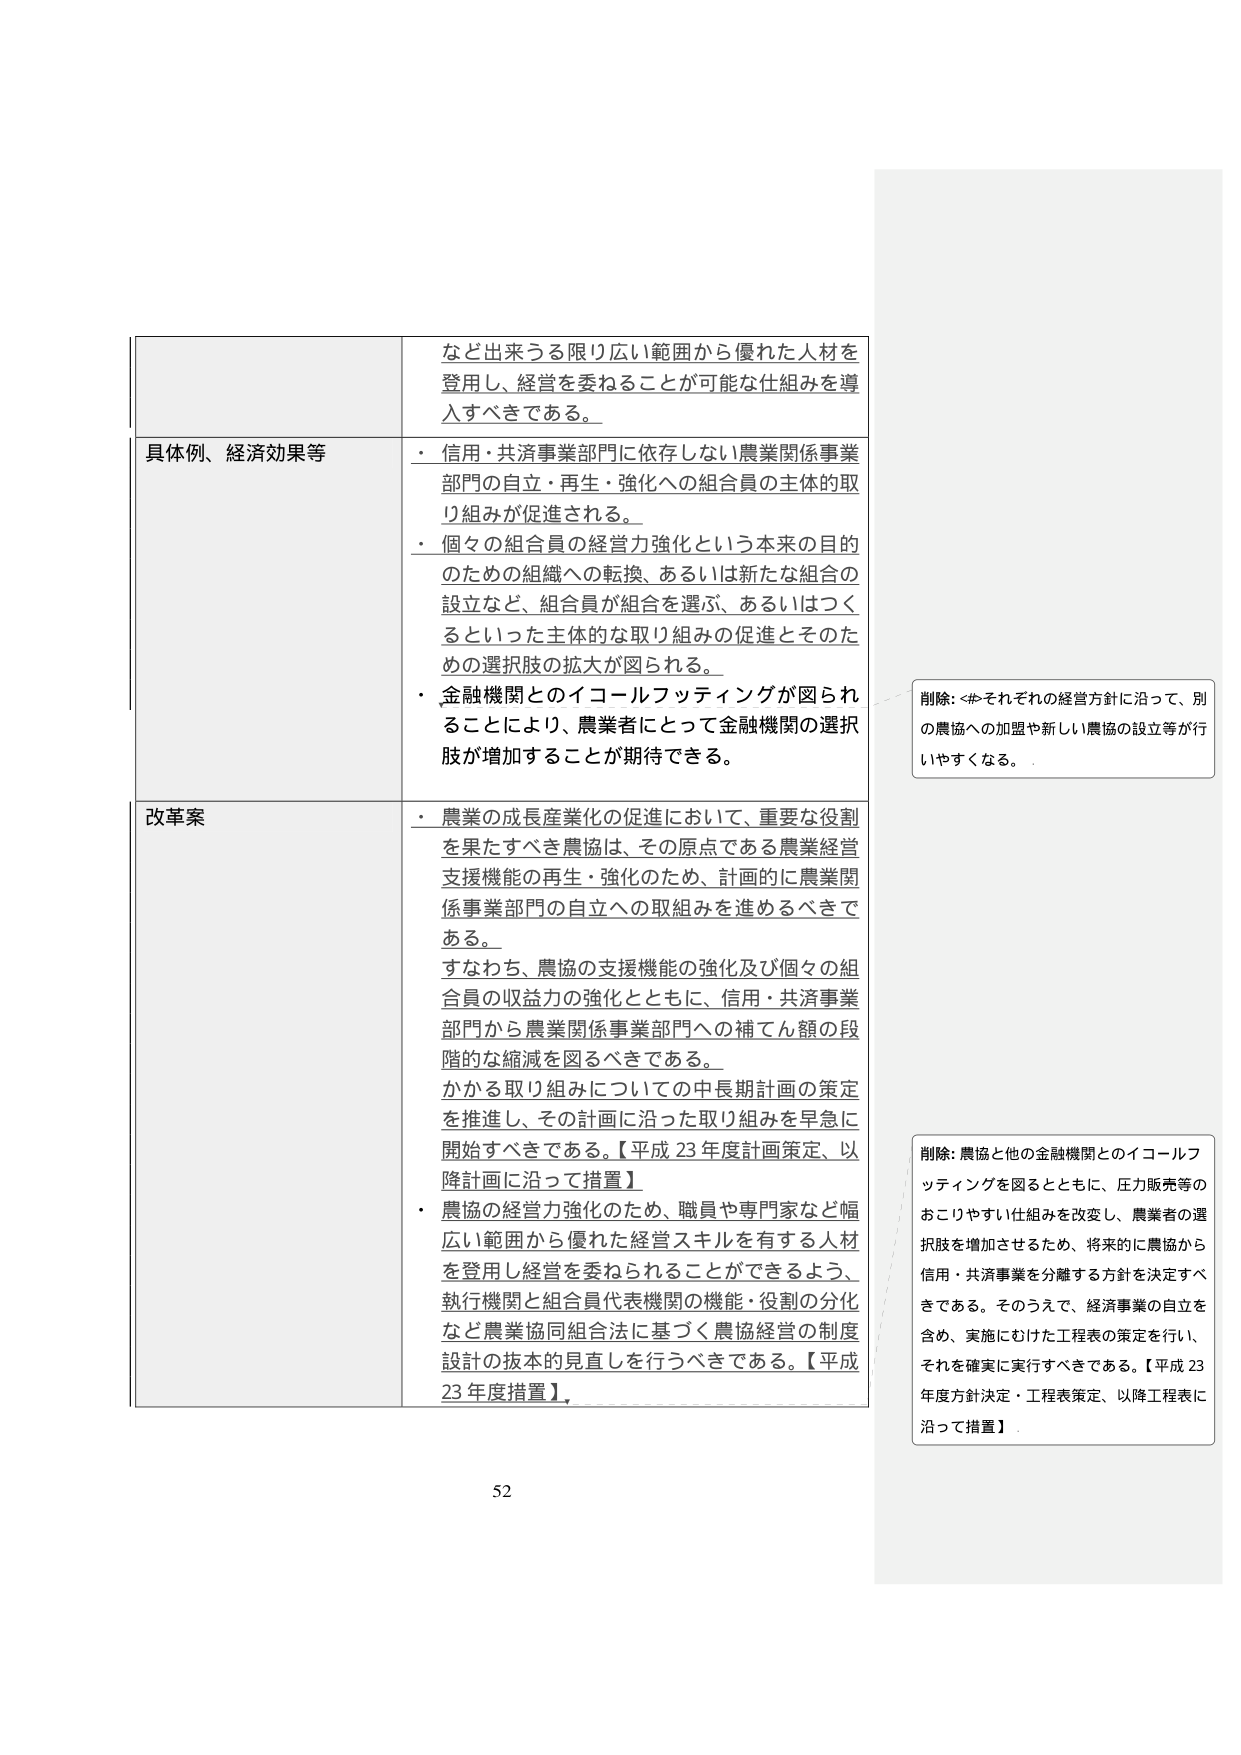
など出来うる限り広い範囲から優れた人材を
登用し、経営を委ねることが可能な仕組みを導
入すべきである。

具体例、経済効果等
・ 信用・共済事業部門に依存しない農業関係事業
部門の自立・再生・強化への組合員の主体的取
り組みが促進される。
・ 個々の組合員の経営力強化という本来の目的
のための組織への転換、あるいは新たな組合の
設立など、組合員が組合を選ぶ、あるいはつく
るといった主体的な取り組みの促進とそのため
の選択肢の拡大が図られる。
・ 金融機関とのイコールフッティングが図られ
ることにより、農業者にとって金融機関の選択
肢が増加することが期待できる。

削除: <#それぞれの経営方針に沿って、別
の農協への加盟や新しい農協の設立等が行
いやすくなる。

改革案
・ 農業の成長産業化の促進において、重要な役割
を果たすべき農協は、その原点である農業経営
支援機能の再生・強化のため、計画的に農業関
係事業部門の自立への取組みを進めるべきで
ある。
すなわち、農協の支援機能の強化及び個々の組
合員の収益力の強化とともに、信用・共済事業
部門から農業関係事業部門への補てん額の段
階的な縮減を図るべきである。
かかる取り組みについての中長期計画の策定
を推進し、その計画に沿った取り組みを早急に
開始すべきである。【平成23年度計画策定、以
降計画に沿って措置】
・ 農協の経営力強化のため、職員や専門家など幅
広い範囲から優れた経営スキルを有する人材
を登用し経営を委ねられるよう、
執行機関と組合員代表機関の機能・役割の分化
など農業協同組合法に基づく農協経営の制度
設計の抜本的見直しを行うべきである。【平成
23年度措置】

削除: 農協と他の金融機関とのイコールフッ
ティングを図るとともに、圧力販売等の
おこりやすい仕組みを改変し、農業者の選
択肢を増加させるため、将来的に農協から
信用・共済事業を分離する方針を決定すべきである。そのうえで、経済事業の自立を
含め、実施にむけた工程表の策定を行い、
それを確実に実行すべきである。【平成23
年度方針決定・工程表策定、以降工程表に
沿って措置】

52